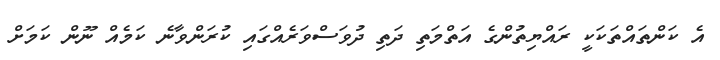
އެ ކަންތައްތަކަކީ ރައްޔިތުންގެ އަތްމަތި ދަތި ދުވަސްވަރެއްގައި ކުރަންވާނެ ކަމެއް ނޫން ކަމަށް